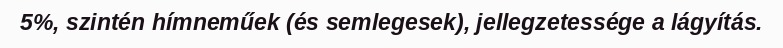
5%, szintén hímneműek (és semlegesek), jellegzetessége a lágyítás.